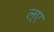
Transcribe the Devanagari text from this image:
ल्ए